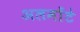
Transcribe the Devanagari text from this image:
अलमोंटे